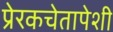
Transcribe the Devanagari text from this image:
प्रेरकचेतापेशी